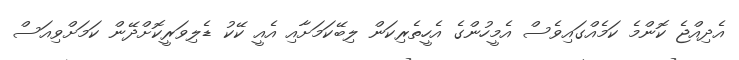
އެދިއްޖެ ކޮންމެ ކަމެއްގައިވެސް އެމީހުންގެ އެހީތެރިކަން ލިބޭކަމަށާއި އެއީ ކޭކު ޑެލިވަރީކޮށްދޭން ކަމަށްވިއަސް